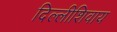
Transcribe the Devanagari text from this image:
दिल्लीशिवाय